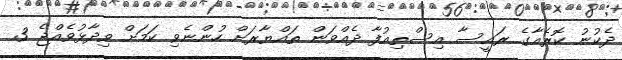
ދެކުނު ކޮރެއާގެ ރައީސާ އިސްތިއުފާ ދެއްވަން ތައްޔާރަށް ހުންނެވި ކަމަށް ވިދާޅުވެއްޖެ 3